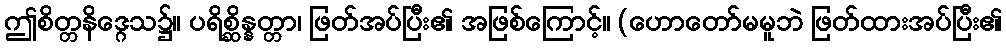
ဤစိတ္တနိဒ္ဂေသ၌။ ပရိစ္ဆိန္နတ္တာ၊ ဖြတ်အပ်ပြီး၏ အဖြစ်ကြောင့်။ (ဟောတော်မမူဘဲ ဖြတ်ထားအပ်ပြီး၏